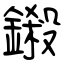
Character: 鎩